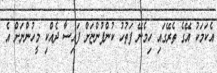
އެކަމަކު އޭގެ ތެރޭގައި ހިމެނޭ ފަތުހު ކުންފުންޏަށް ފައިސާ ދެއްކި މީހުންނަށް އެ